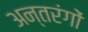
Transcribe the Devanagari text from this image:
अन्तरंगों